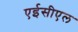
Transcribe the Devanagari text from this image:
एईसीएल